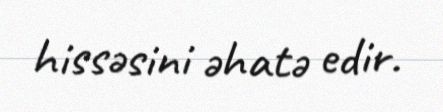
hissəsini əhatə edir.